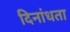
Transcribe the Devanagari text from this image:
दिनांधता